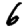
Digit: 6